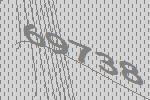
69738